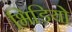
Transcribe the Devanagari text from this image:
भिडियो